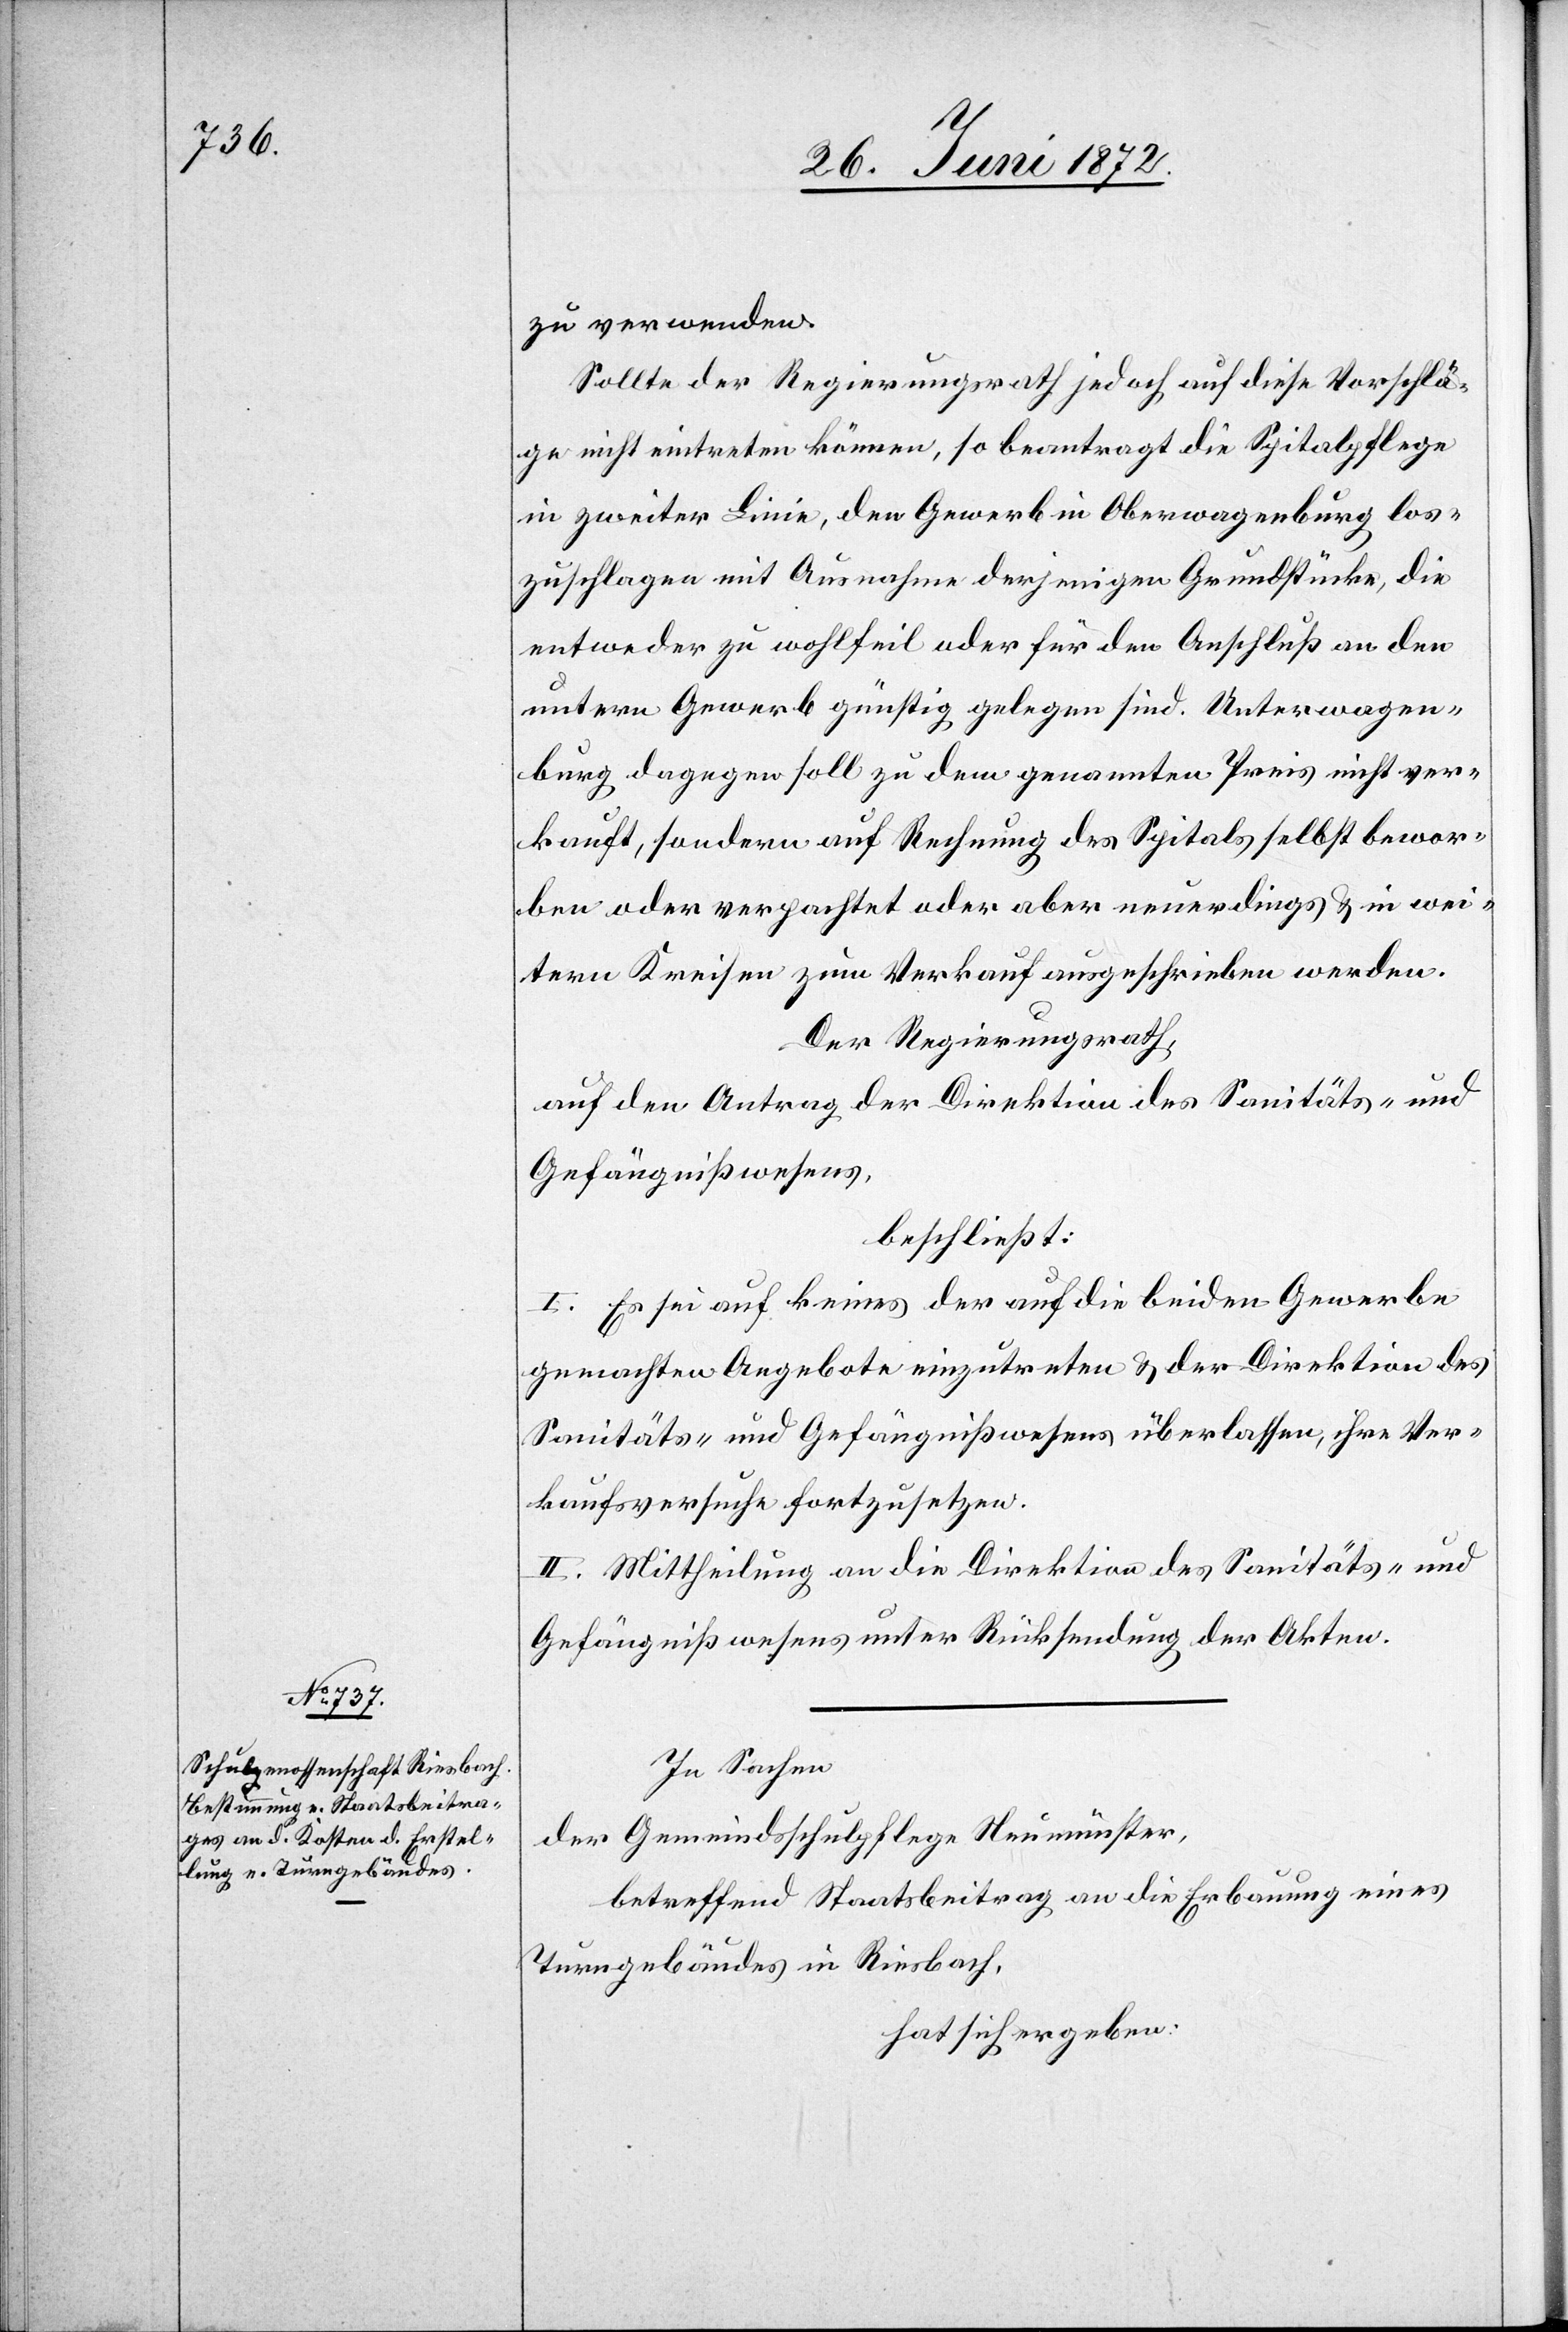
zu verwenden.
Sollte der Regierungsrath jedoch auf diese Vorschlä¬
ge nicht eintreten können, so beantragt die Spitalpflege
in zweiter Linie, den Gewerb in Oberwagenburg los¬
zuschlagen mit Ausnahme derjenigen Gründstücke, die
entweder zu wohlfleil oder für den Anschluß an den
untern Gewerb günstig gelegen sind. Unterwagen¬
burg dagegen soll zu dem genannten Preis nicht ver¬
kauft, sondern auf Rechnung des Spitals selbst bewor¬
ben oder verpachtet oder aber neuerdings u. in wei¬
tern Kreisen zum Verkauf ausgeschrieben werden.
Der Regierungsrath,
auf den Antrag der Direktion des Sanitäts- u.
Gefängnißwesens,
beschließt:
I. Es sei auf keines der auf die beiden Gewerbe
gemachten Angebote einzutreten u. der Direktion des
Sanitäts- u. Gefängnißwesens überlassen, ihre Ver¬
kaufsversuche fortzusetzen.
II. Mittheilung an die Direktion des Sanitäts- und
Gefängnißwesens unter Rücksendung der Akten.